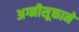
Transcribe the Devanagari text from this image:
अग्नीसूक्ताने